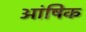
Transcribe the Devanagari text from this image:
आंषिक